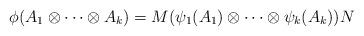
LaTeX: \begin{align*} \phi(A_1\otimes \cdots \otimes A_k)=M(\psi_1(A_1)\otimes \cdots\otimes \psi_k(A_k))N \end{align*}